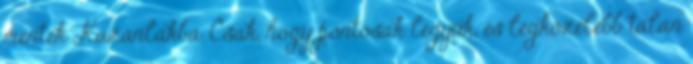
mentek Kazanlakba. Csak, hogy pontosak legyük, és legközelebb talán